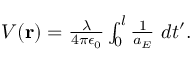
\begin{array} { r } { V ( \mathbf { r } ) = \frac { \lambda } { 4 \pi \epsilon _ { 0 } } \int _ { 0 } ^ { l } \frac { 1 } { a _ { E } } \ d t ^ { \prime } . } \end{array}